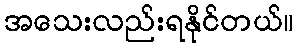
အသေးလည်းရနိုင်တယ်။